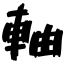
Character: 軸